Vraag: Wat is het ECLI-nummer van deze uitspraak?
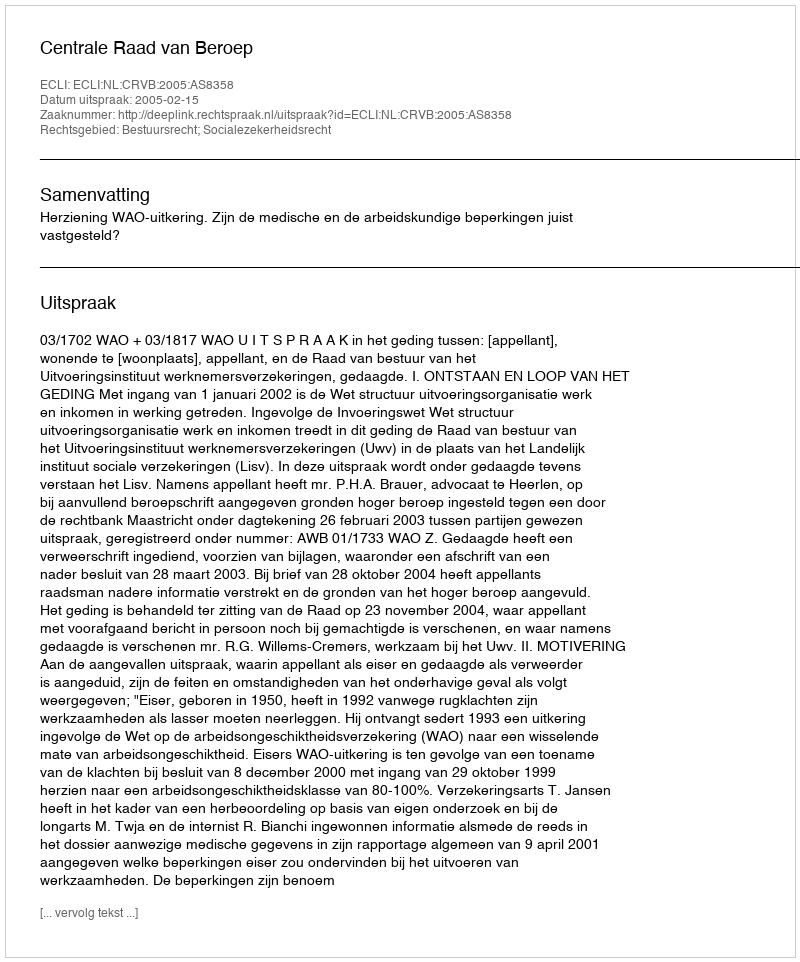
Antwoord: ECLI:NL:CRVB:2005:AS8358